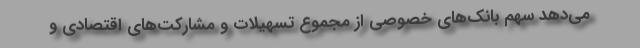
می‌دهد سهم بانک‌های خصوصی از مجموع تسهیلات و مشارکت‌های اقتصادی و